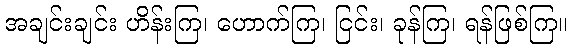
အချင်းချင်း ဟိန်းကြ၊ ဟောက်ကြ၊ ငြင်း၊ ခုန်ကြ၊ ရန်ဖြစ်ကြ။